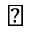
\blacktriangleright